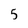
Character: 5